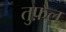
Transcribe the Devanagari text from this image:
तुफ़ैल